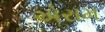
એરામ